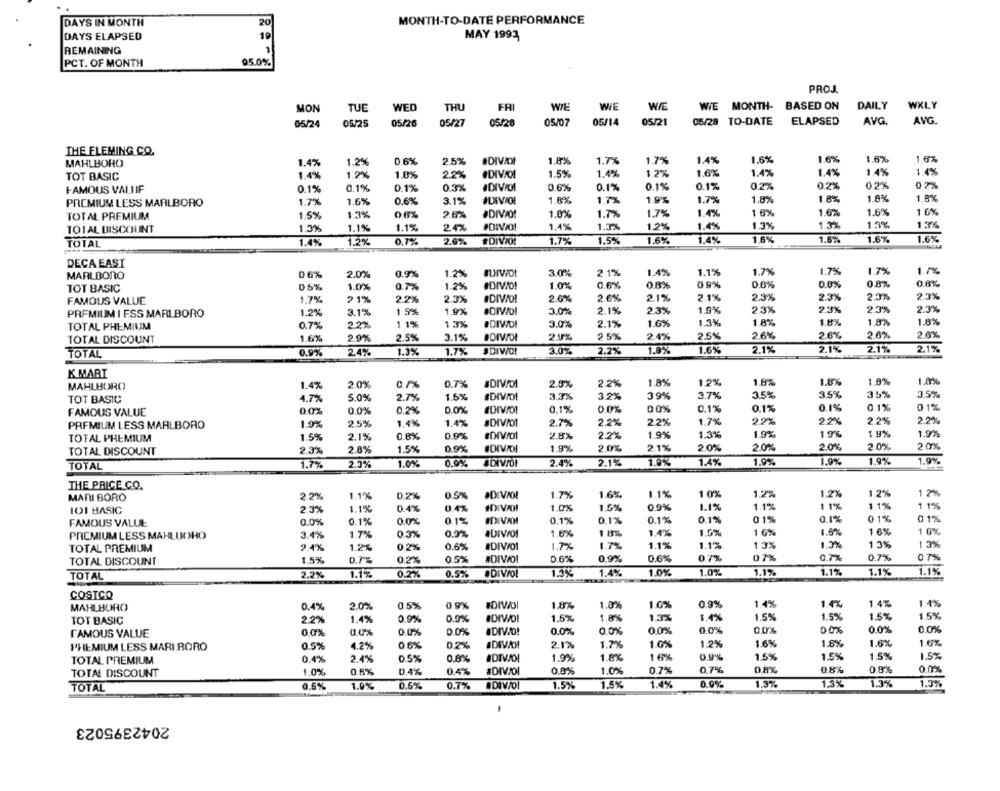
DAYS IN MONTH
20
MONTH-TO-DATE PERFORMANCE
DAYS ELAPSED
19
MAY 1993
REMAINING
PCT. OF MONTH
95.0%
PROJ.
MON
TUE
WED
THU
FRI
WE
WIE
WIE MONTH- BASED ON
DAILY
WXLY
05/24
05/25
05/26
05/27
05/28
05/07
05/14
05/21
05/28 TO-DATE ELAPSED
AVG.
AVG.
THE FLEMING CO.
1.6%
1.6%
1.6%
MAHLBOHO
1.4%
1.2%
0.6%
2.5%
#DIVIDI
1.8%
1.7%
1.7%
1.4%
1.6%
1.4%
1.2%
1.0%
2.2%
#DIVAOI
1.5%
1.4%
1.2%
1.6%
1.4%
1.4%
1.4%
1.4%
TOT BASIC
FAMOUS VALIIF
0.1%
0.1%
0.1%
0.3%
0.6%
0.1%
0.1%
0.1%
0.2%
0.2%
0.2%
02%
1.6%
1.9%
1.7%
1.8%
1.8%
1.8%
PREMIUM LESS MARLBORO
1.7%
1.6%
0.6%
3.1%
#DIVIOI
1.7%
1.5%
1.3%
0.6%
2.6%
#DIVAD!
1.0%
1,7%
1.4%
1 6%
1.6%
1.6%
1 6%
TOTAL PREMIUM
1.7%
TOTAL DISCOUNT
1.3%
1.1%
1.1%
2.47
1,4%
1.3%
1.2%
1.4%
1.3%
1.3%
1 5%
1.3%
1.6%
1.6%
1.6%
TOTAL
1.4%
1.2%
0.7%
2.6%
#DIVIO!
1.7%
1.5%
1.6%
1.4%
1.6%
DECA EAST
1.56
MARLBORO
0 6%
2.0%
0.9%
1.2%
3.0%
21%
1.4%
1.1%
1.7%
1.7%
1.7%
05%
1.0%
0.7%
1.2%
#DIVO!
1.0%
0.6%
0.8%
09%
0.0%
0.8%
0.8%
0.8%
TOT BASIC
FAMOUS VALUE
1.7%
21%
2.2%
2.3%
#DIVO!
2.6%
2.6%
2.1%
2.1%
2.3%
2.3%
2.0%
2.3%
23%
2.3%
2.3%
2.3%
PREMIUM I ESS MARLBORO
1.2%
3.1%
1 5%
1.9%
#DIV/O!
3.0%
2.1%
2.3%
1.0%
TOTAL PHEMIUM
0.7%
2.2%
1 1%
1 3%
3.0%
2.1%
1.6%
1.3%
1.8%
1.8%
1.8%
1.8%
2.6%
TOTAL DISCOUNT
1.6%
2.9%
2.5%
3.1%
DIVOI
2.9%
2 5%
2.4%
2.5%
2.6%
2.6%
2.6%
1.8%
2.1%
2.1%
TOTAL
0.9%
2.4%
1.3%
1.7%
#DIVO!
3.0%
2.2%
1.6%
2.1%
2.1%
K MART
1.8%
1.0%%
MAHLBORO
1.4%
20%
0.7%
#DIVOI
2.0%
2.2%
1.8%
12%
1.8%
1.8%
#DIVIOI
3.3%
3.2%
39%
3.7%
3.5%
3.5%
35%
3.5%
TOT BASIC
4.7%
5.0%
2.7%
1.5%
FAMOUS VALUE
0.0%
0.0%
0.2%
0.0%
0,1%
0.0%
00%
0.1%
0.1%
0.1%
0.1%
01%
22%
2.2%
2.2%
2.2%
PREMIUM LESS MARLBORO
1.9%
2.5%
1.4%
1.4%
#DIVOI
2.7%
2.2%
2.2%
1.7%
1.5%
0.8%
0.9%
2.8%
2.2%
1.9%
1.3%
1.9%
19%
1 9%
1.9%
TOTAL PREMIUM
2.1%
TOTAL DISCOUNT
2.3%
2.8%
1.5%
0.9%
#DIVIDI
1.9%
2,0%
2.1%
2.0%
2.0%
2.0%
2.0%
20%
1.9%
1,9%
TOTAL
1.7%
2.0%
1.0%
0.0%
#DIVOL
2.4%
2.12
1.0%
1.4%
1.9%
1.9%
THE PRICE CO.
MARI BORO
2.2%
1.1%
0.2%
0.5%
·DIVIOL
1.7%
1.6%
1.1%
10%
1.2%
1.2%
1.2%
12%
1.0%
1.5%
0,9%
1.1%
1.1%
1 1%
1 1%
1 1%
101 BASIC
2.3%
1.1%
0.4%
0.4%
IDIVAH
FAMOUS VALUE
0.0%
0.1%
0.0%
0.1%
0.1%
0.1%
0.1%
0.1%
01%
0.1%
0 1%
0 1%
1 6%
1.6%
1 6%
1 0%
PREMIUM LESS MAHLUORO
3.4%
1.7%
0.3%
0.9%
#DIVOI
1.6%
1 11%
1.4%
1.0%
9.4%
1.2%
0.2%
0.6%
#DIV/01
1.7%
1.7%
1.1%
1.1%
13%
1.3%
1 3%
1 3%
TOTAL PREMIUM
07%
TOTAL DISCOUNT
1,5%
0.7%
0.2%
0.5%
#DIVOI
0.6%
0.9%
0.6%
0.7%
07%
0.7%
0.7%
1.0%
TOTAL
2.2%
1.1%
0.2%
0.5%
#DIVIOL
1.5%
1.4%
1.0%
1.1%
1.1%
1.1%
1.1%
COSTCO
MAHLBURO
0.4%
2.0%
0.5%
0.9%
1.8%
1.0%
1.0%
0.9%
1.4%
1.4%
1.4%
1.4%
0.9%
IDIVO!
1.5%
1.8%
1.3%
1.4%
1.5%
1.5%
1.5%
1.5%
TOT BASIC
2.2%
1.4%
0.9%
FAMOUS VALUE
0.0%
0.0%
0.0%
0.0%
DIVO!
0.0%
0.0%
0.0%
0.0%
0.0%
0.0%
0.0%
0.0%
1.6%
PREMIUM LESS MARI BORO
0.5%
4.2%
0.6%
0.2%
IDIVAD!
2.1%
1.7%
1.0%
1.2%
1.6%
1.6%
1.6%
0.5%
0.8%
1.9%
1.8%
1 6%
0.9%
1.5%
1.5%
1.5%
1.5%
TOTAL PREMIUM
0.4%
2.4%
TOTAL DISCOUNT
1.0%
0.5%
0.4%
0.4%
#DIVOI
0.8%
1.0%
0.7%
0.7%
0.8%
0 8%
0.0%
TOTAL
0.5%
1.9%
0.5%
0.7%
#DIVOI
1.5%
1.5%
1.4%
0.9%
1.3%
1.3%
1.3%
1.0%
2042395023